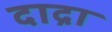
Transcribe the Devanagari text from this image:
दाद्रा